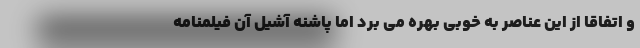
و اتفاقا از این عناصر به خوبی بهره می برد اما پاشنه آشیل آن فیلمنامه